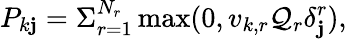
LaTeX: P_{k\mathbf{j}}=\Sigma_{r=1}^{N_{r}}\operatorname*{max}(0,v_{k,r}\mathcal{{Q}}_{r}\delta_{\mathbf{j}}^{r}),